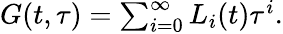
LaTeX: \begin{array}{r}{G(t,\tau)=\sum_{i=0}^{\infty}L_{i}(t)\tau^{i}.}\end{array}